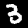
Label: 3